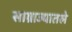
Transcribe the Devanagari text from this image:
साम्राज्यातले